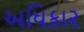
અધિકા૨